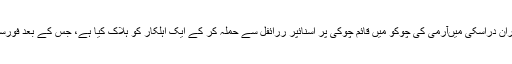
27 اکتوبر جمعرات کی شام کو آواران دراسکی میںآرمی کی چوکو میں قائم چوکی پر اسنائپر ررائفل سے حملہ کر کے ایک اہلکار کو ہلاک کیا ہے، جس کے بعد فورسز نے آبادی کی جانب فائرنگ کی۔